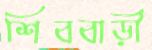
শিববাড়ী